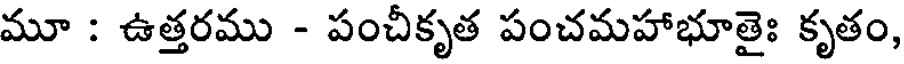
మూ : ఉత్తరము - పంచీకృత పంచమహాభూతైః కృతం,